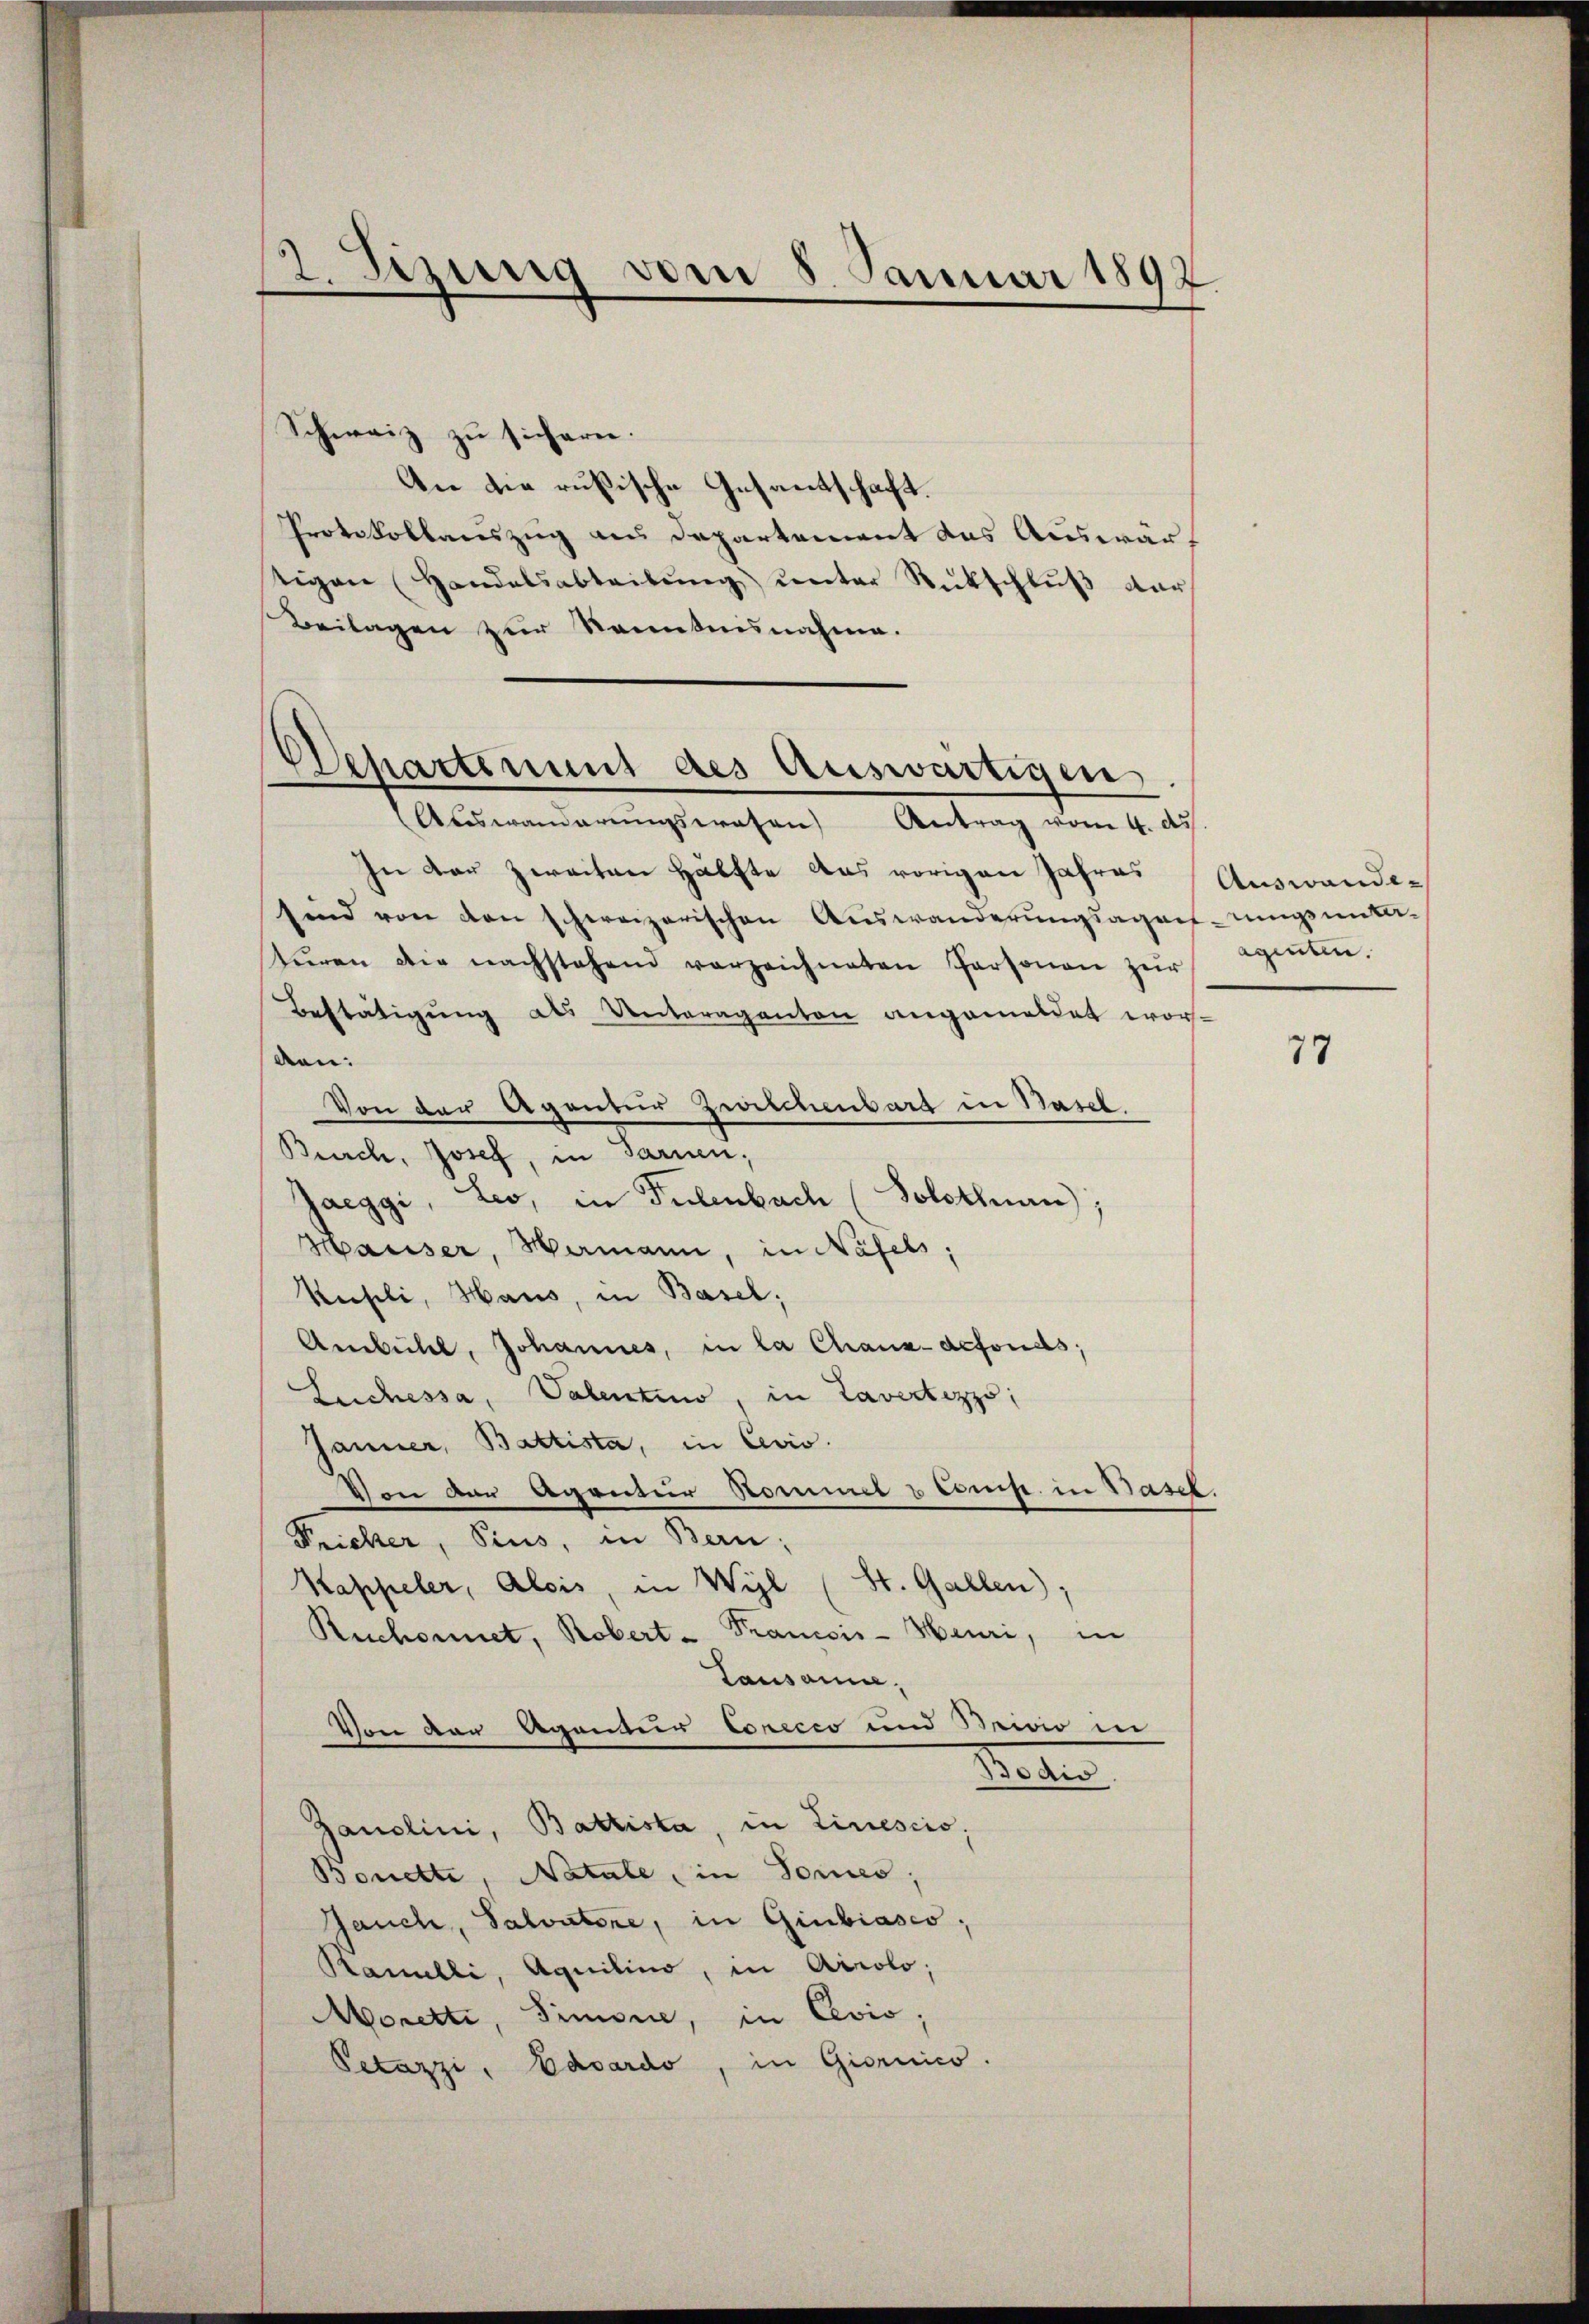
2. Sizung vom 8. Januar 1897.

Schweiz zu sichern.
An die rußische Gesantschaft.
Protokollauszug aus Departement das Auswärtigen (Handelsabteilŭng ŭnter Rückschlŭβ der
Beilagen zur Kenntnisnahme.

Departement des Auswärtigen
Auswanderŭngswesen Antrag vom 4. ds.

In der zweiten Hälfte das vorigen Jahres
sind von den schweizerischen Auswanderungsagenfangsmitt-
stŭren die nachstehend verzeichneten Personen zur
Bestätigung als Unteraganton angemeldet worden. |
Von der Agentur Zwischenbarg in Basel
Berch, Josef, in Sarnen;
Jaeggi, Leo, in Telenbach (Solothurn);
Hauser, Hermann, in Näfels,
Kuseli, Haus, in Basel;
Ambüldl, Johannes, in la Chaux-defonds;
Luchessa, Valentino, in Tavertezzo,
Jänner, Battista, in Civis.
Von der Agratur Kommel u Comp. in Basel.
Fricker, Sins, in Bern;
Kappeler, Alois, in Wyl (St. Gallen);
Ruchonnet, Robert - Trancois-Heuri, in
Lausann,
Von von Waider Copicio und Seine in
Batte
Ganclini, Battista, in Liniescis;
Bonette, Natale, in Sonnes.
Jauch, Salvatone, in Giubiasco,
Ramelli, Aquilino, in Airolo,
Moretti, Simonie, in Civis;
Petazzi, Basardo, in Giornico.

Auswandeaginten.

77